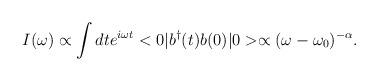
LaTeX: \begin{align*}I(\omega )\propto \int dte^{i\omega t}<0|b^\dagger(t)b(0)|0>\propto (\omega -\omega_0)^{-\alpha}.\end{align*}